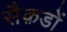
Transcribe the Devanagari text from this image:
सैक़डों